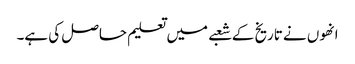
انھوں نے تاریخ کے شعبے میں تعلیم حاصل کی ہے۔